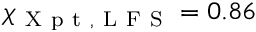
\chi _ { \mathrm { ~ X ~ p ~ t ~ , ~ L ~ F ~ S ~ } } = 0 . 8 6